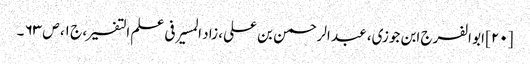
[۲۰] ابو الفرج ابن جوزی، عبد الرحمن بن علی، زاد المسیر فی علم التفسیر، ج ۱، ص ۶۳ ۔